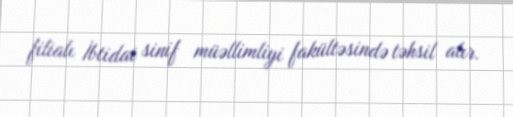
filialı İbtidai sinif müəllimliyi fakültəsində təhsil alır.